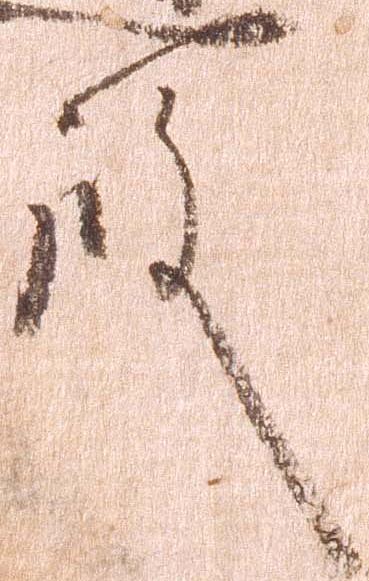
殿